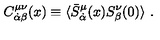
C _ { \dot { \alpha } \beta } ^ { \mu \nu } ( x ) \equiv \langle \bar { S } _ { \dot { \alpha } } ^ { \mu } ( x ) S _ { \beta } ^ { \nu } ( 0 ) \rangle \ .